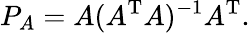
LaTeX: P_{A}=A(A^{\mathrm{T}}A)^{-1}A^{\mathrm{T}}.